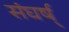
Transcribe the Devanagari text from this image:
संघर्ष्